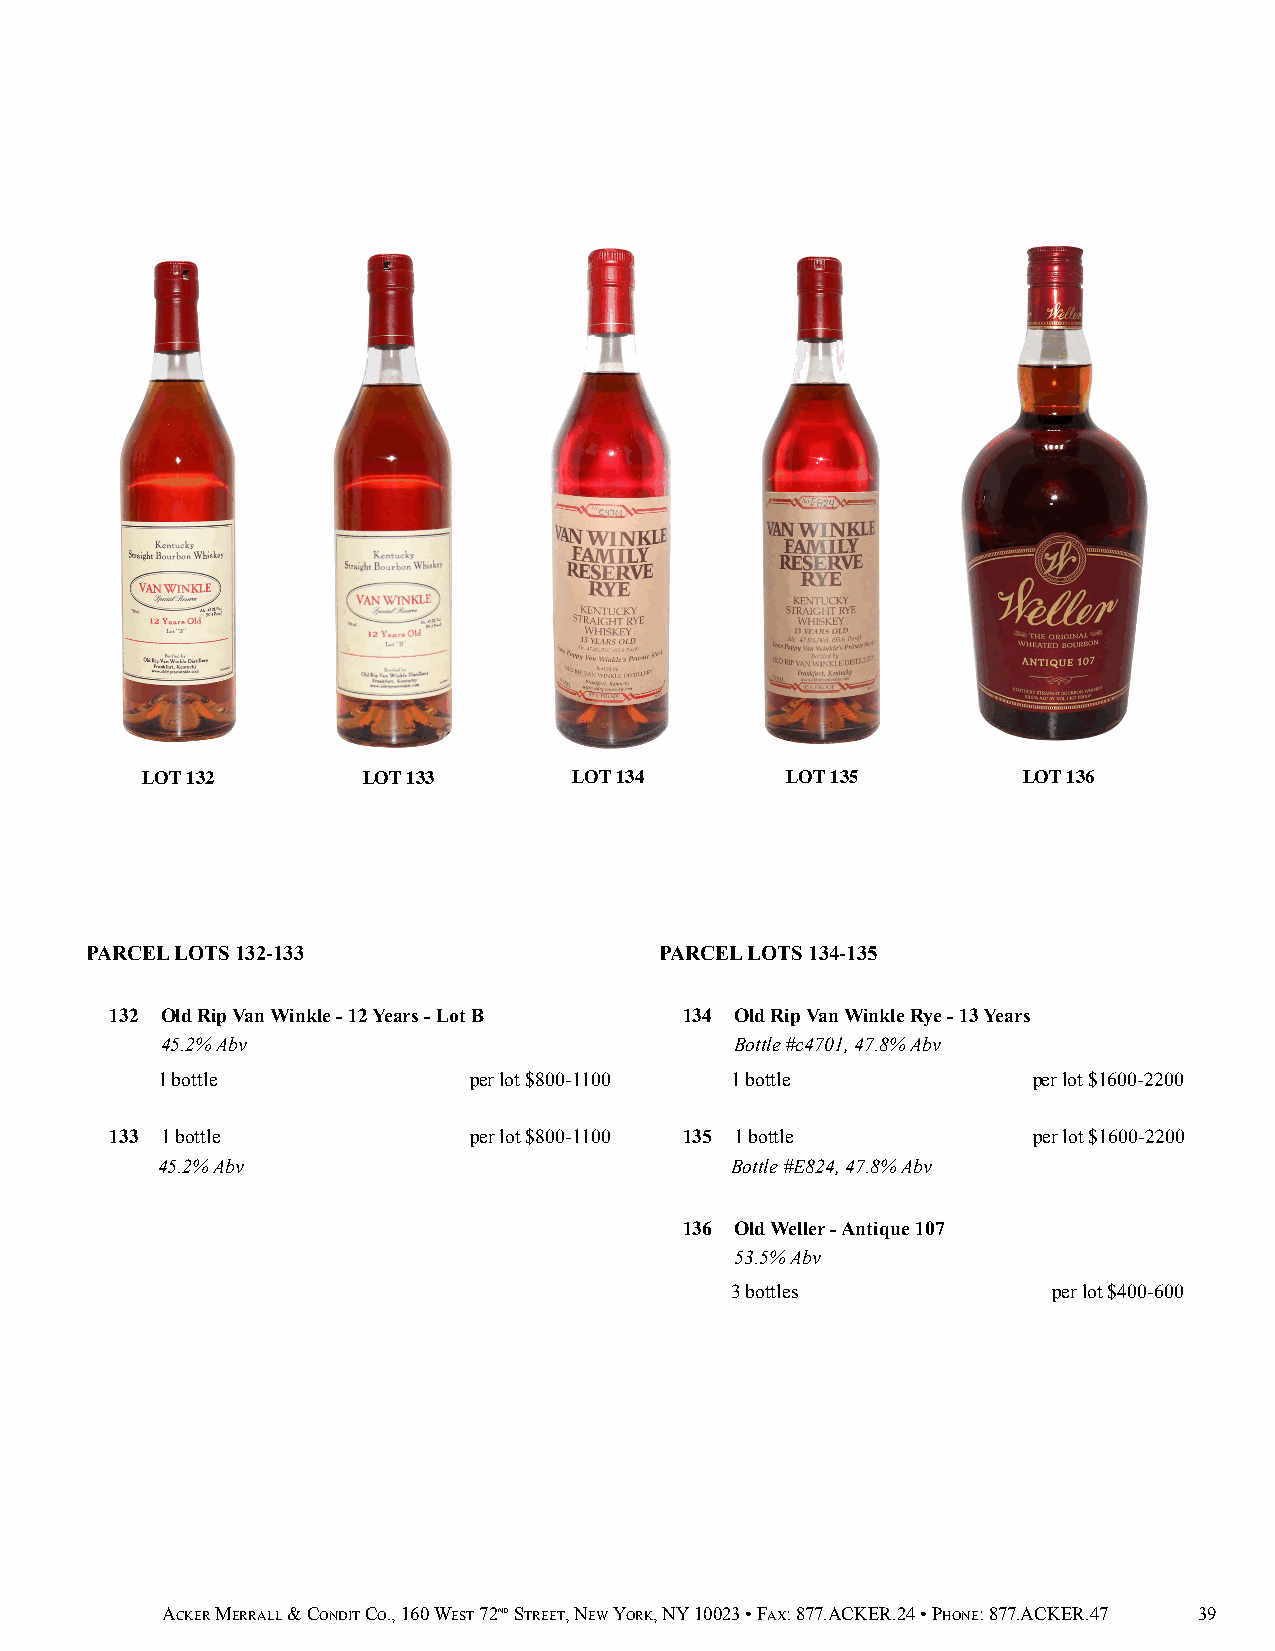
LOT 132        LOT 133       LOT 134       LOT 135         LOT 136
 PARCEL LOTS 132-133                   PARCEL LOTS 134-135
 132 Old Rip Van Winkle - 12 Years - Lot B 134 Old Rip Van Winkle Rye - 13 Years
 45.2% Abv                             Bottle #c4701, 47.8% Abv
 1 bottle             per lot $800-1100 1 bottle           per lot $1600-2200
 133 1 bottle            per lot $800-1100 135 1 bottle       per lot $1600-2200
 45.2% Abv                             Bottle #E824, 47.8% Abv
 136 Old Weller - Antique 107
 53.5% Abv
 3 bottles             per lot $400-600
 ACKER MERRALL & CONDIT CO., 160 WEST 72ND STREET, NEW YORK, NY 10023 • FAX: 877.ACKER.24 • PHONE: 877.ACKER.47 39